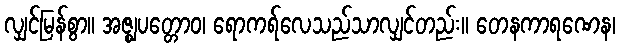
လျှင်မြန်စွာ။ အဇ္ဈပတ္တောဝ၊ ရောကရ်လေသည်သာလျှင်တည်း။ တေနကာရဏေန၊